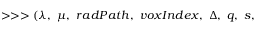
> > > ( \boldsymbol { \lambda } , ~ \boldsymbol { \mu } , ~ r a d P a t h , ~ v o x I n d e x , ~ \boldsymbol { \Delta } , ~ q , ~ s ,